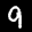
Label: 9